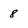
Character: 8